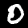
Label: 0